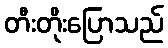
တီးတိုးပြောသည်